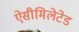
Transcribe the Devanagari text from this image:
ऐसीमिलेटेड